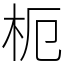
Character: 枙